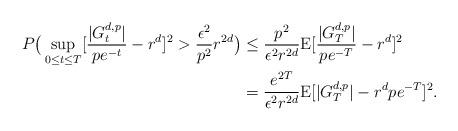
LaTeX: \begin{align*}P\big(\sup_{0\leq t\leq T}[\frac{|G_t^{d,p}|}{pe^{-t}}-r^d]^2>\frac{\epsilon^2}{p^2}r^{2d}\big)&\leq \frac{p^2}{\epsilon^2r^{2d}}{\rm E}[\frac{|G_T^{d,p}|}{pe^{-T}}-r^d]^2\\&=\frac{e^{2T}}{\epsilon^2r^{2d}}{\rm E}[|G_T^{d,p}|-r^dpe^{-T}]^2.\end{align*}